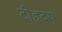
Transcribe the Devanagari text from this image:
टीहृदय